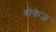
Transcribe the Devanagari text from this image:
बोकेज